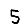
Digit: 5